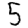
Digit: 5